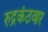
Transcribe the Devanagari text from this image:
रुद्रकंठवार